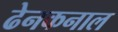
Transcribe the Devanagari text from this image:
ढेनकनाल